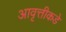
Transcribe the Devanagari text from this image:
आवृत्तीकडे